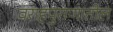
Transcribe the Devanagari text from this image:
वराहपुराणातील